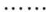
······